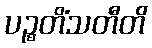
ပဉ္စတိံသတီတိ